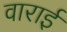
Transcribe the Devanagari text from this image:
वाराई